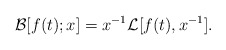
\begin{align*}\mathcal{B}[f(t); x] = x^{-1} \mathcal{L}[f(t), x^{-1}].\end{align*}